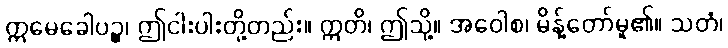
ဣမေခေါပဉ္စ၊ ဤငါးပါးတို့တည်း။ ဣတိ၊ ဤသို့။ အဝေါစ၊ မိန့်တော်မူ၏။ သတံ၊